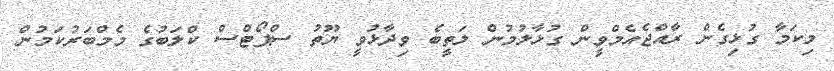
މިކަމާ ގުޅިގެން ރާއްޖެއެމްވީން ގުޅާލުމުން ލަތީބެ ވިދާޅުވީ ޔޫތު ސްޕޯޓްސް ކްލަބުގެ މެމްބަރުކަމުން